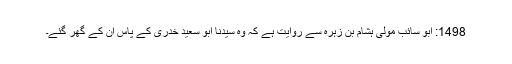
1498: ابو سائب مولیٰ ہشام بن زہرہ سے روایت ہے کہ وہ سیدنا ابو سعید خدریؓ کے پاس ان کے گھر گئے۔